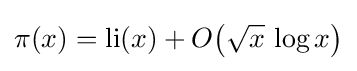
\pi (x)=\operatorname {li} (x)+O\!\left({\sqrt {x}}\,\log x\right)